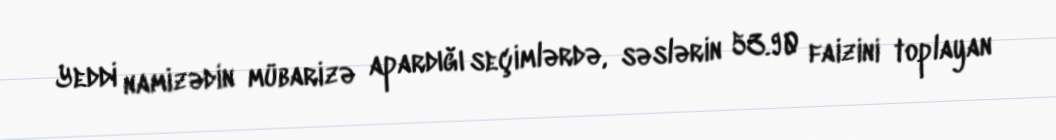
Yeddi namizədin mübarizə apardığı seçimlərdə, səslərin 53.90 faizini toplayan